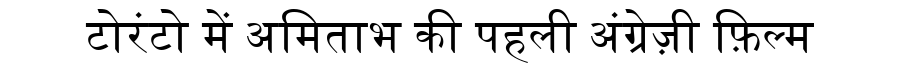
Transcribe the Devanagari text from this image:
टोरंटो में अमिताभ की पहली अंग्रेज़ी फ़िल्म